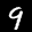
Label: 9